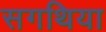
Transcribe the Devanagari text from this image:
सगथिया